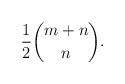
LaTeX: \begin{align*} \frac{1}{2}\binom{m + n}{n}. \end{align*}